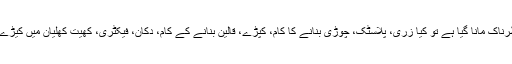
اب صرف کان کنی،آگ پکڑنے والی اشیاء اور دھماکہ خیز مواد کو ہی خطرناک مانا گیا ہے تو کیا زری، پلاسٹک، چوڑی بنانے کا کام، کپڑے، قالین بنانے کے کام، دکان، فیکٹری، کھیت کھلیان میں کیڑے مارنے والی دواؤں اور کیمیکل کے بیچ کام کرنا بچوں کیلئے محفوظ ہے۔